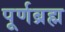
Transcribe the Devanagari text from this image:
पूर्णब्रह्म